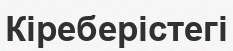
Кіреберістегі